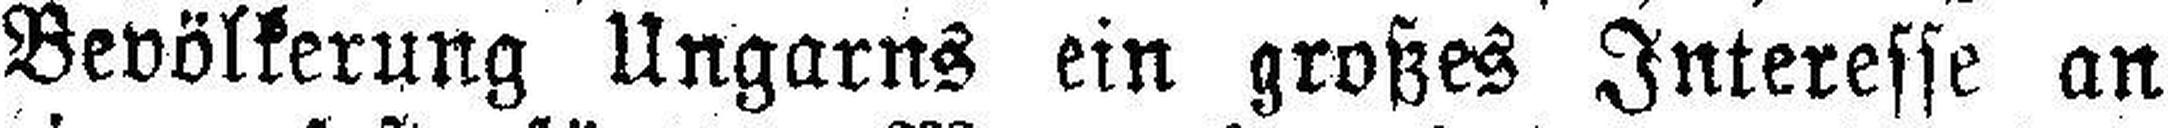
Bevölkerung Ungarns ein großes Interesse an